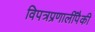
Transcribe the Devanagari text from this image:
विपत्रप्रणालींपैकी